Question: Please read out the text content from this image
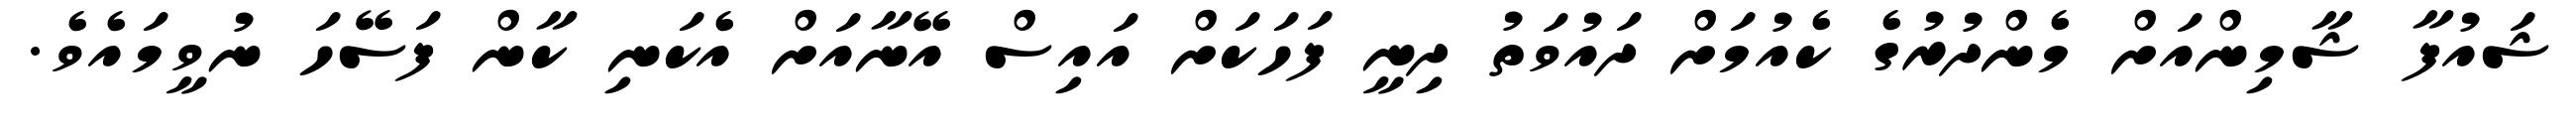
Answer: ޝައުފާ ޝާމިންއަށް މެންދުރުގެ ކެއުމަށް ދައުވަތު ދިނީ ފަހަކަށް އައިސް އޭނާއަށް އެކަނި ކާން ފަސޭހަ ނުވީމައެވެ.